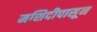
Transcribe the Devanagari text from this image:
मशिदीपासून